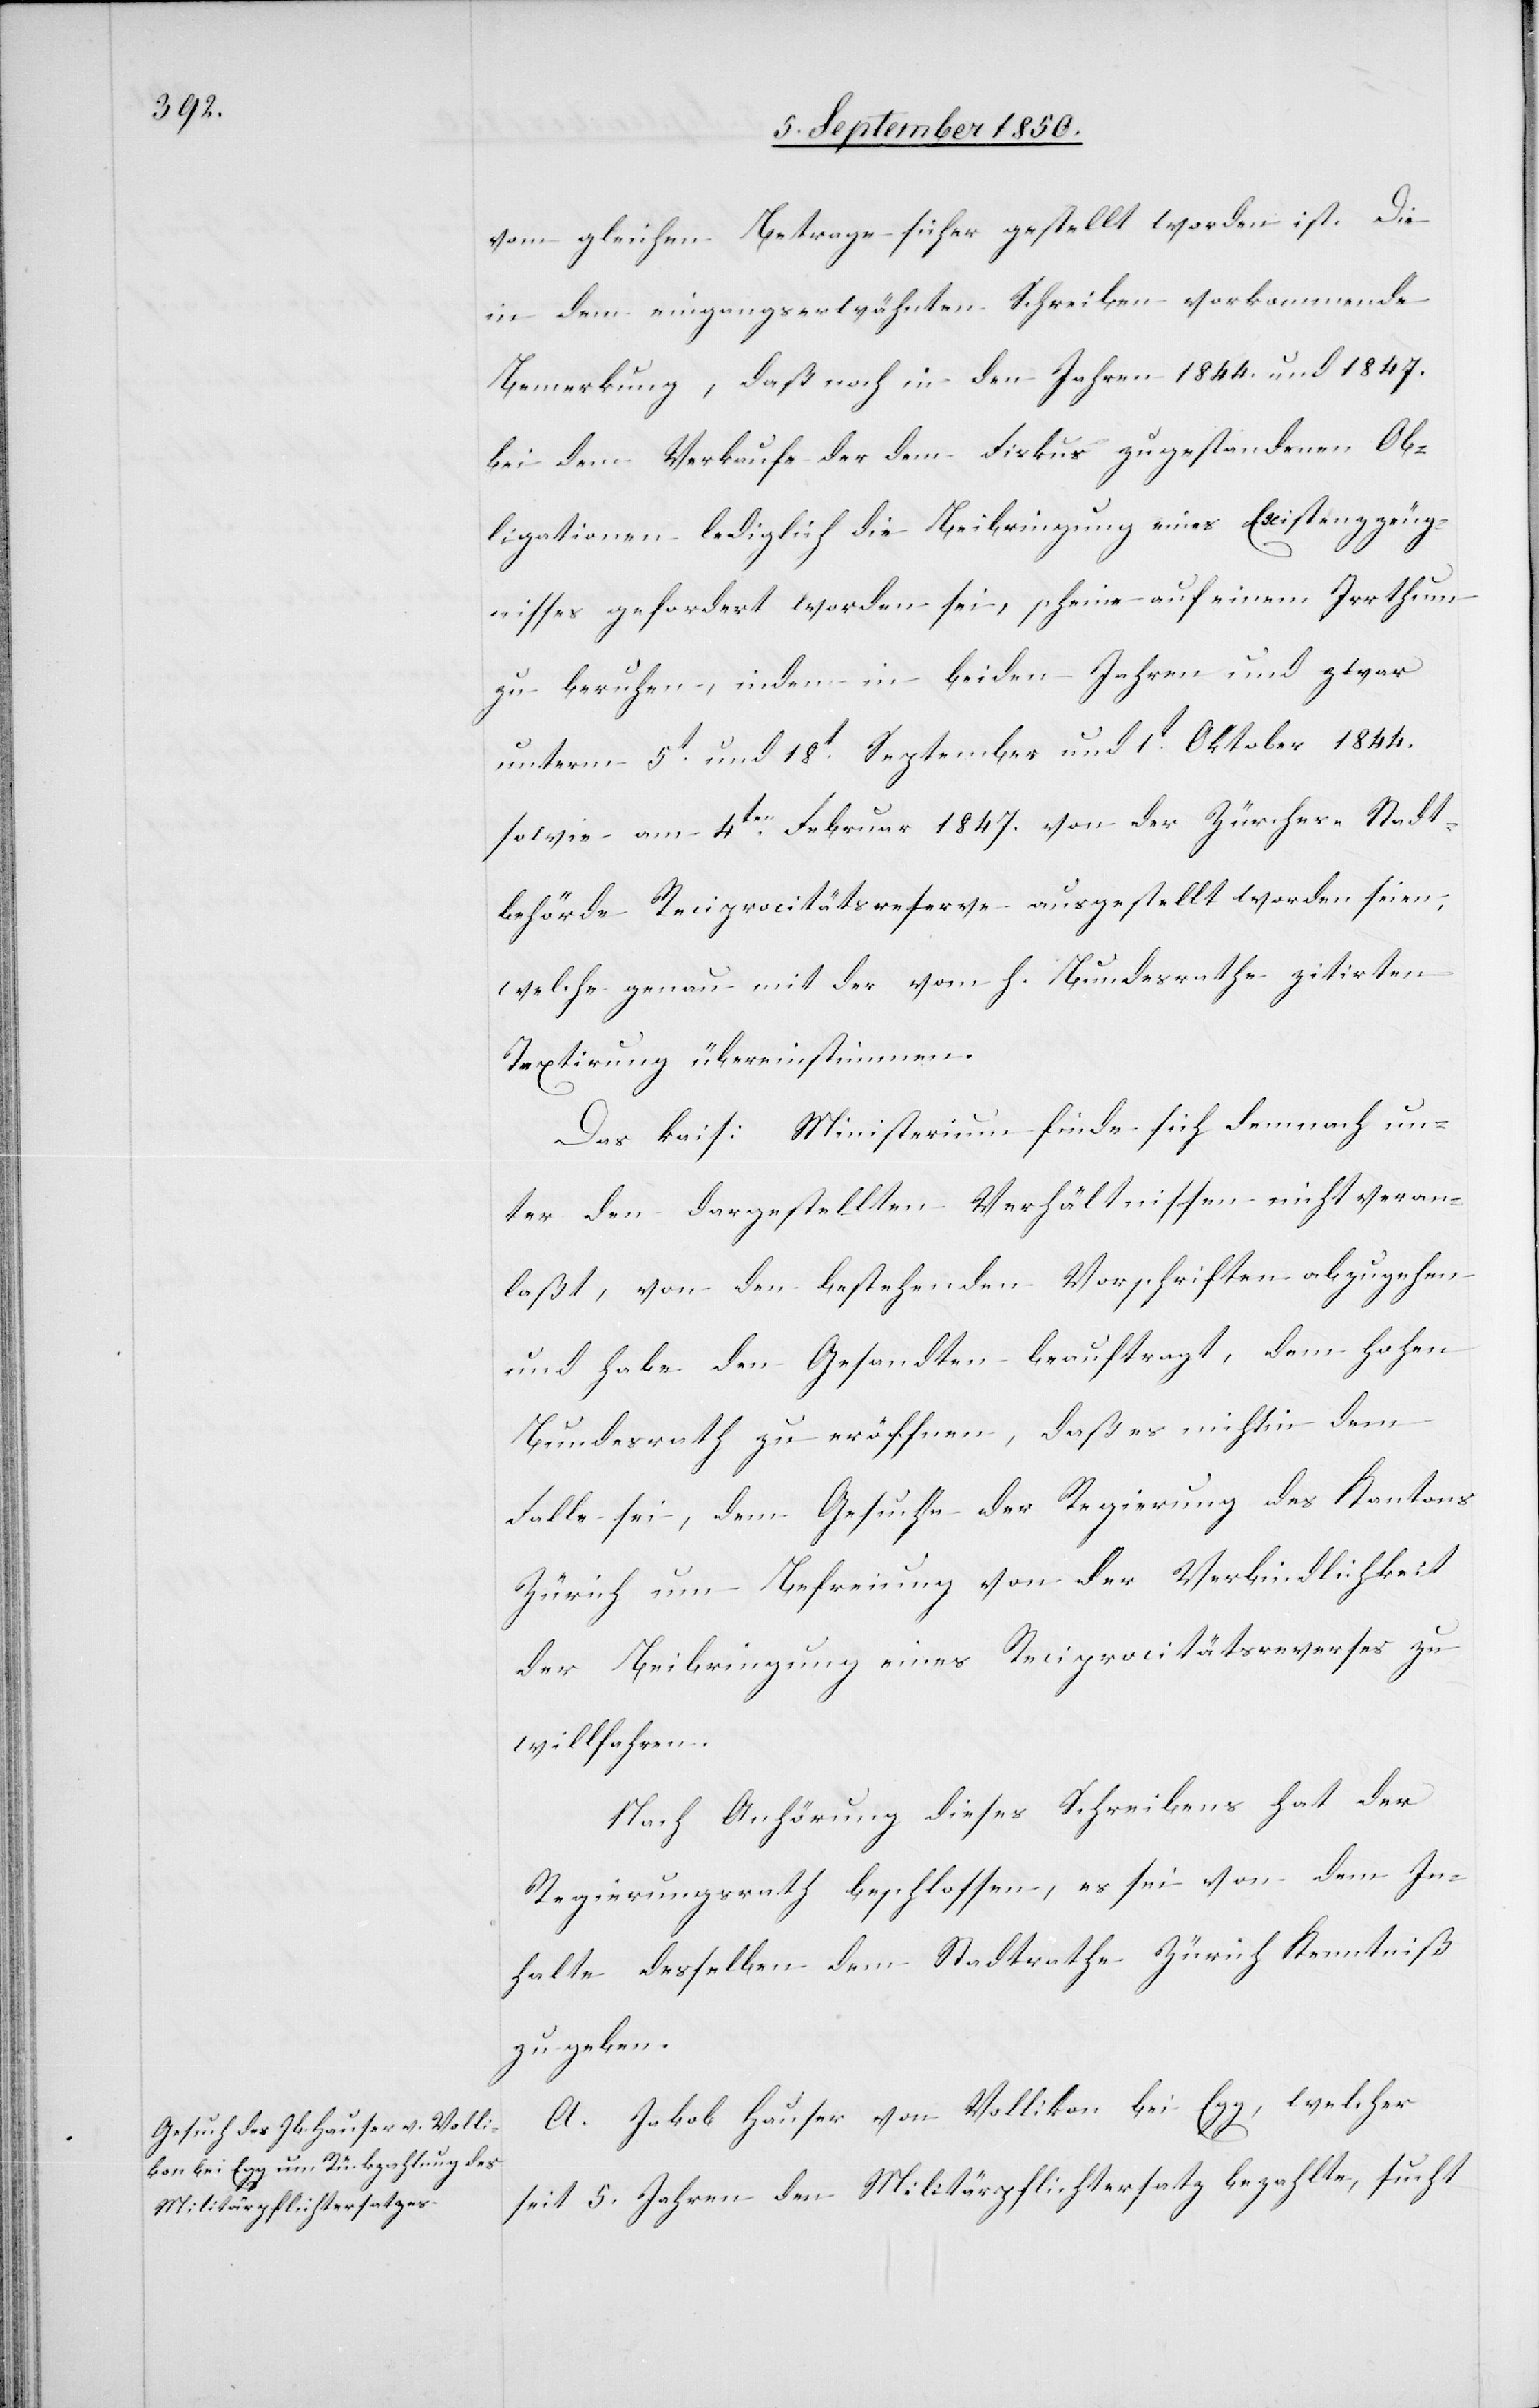
vom gleichen Betrage sicher gestellt worden ist. Die
in dem eingangserwähnten Schreiben vorkommende
Bemerkung, daß noch in den Jahren 1844. und 1847.
bei dem Verkaufe der dem Fiskus zugestandenen Ob¬
ligationen lediglich die Beibringung eines Existenzzeug¬
nisses gefordert worden sei, scheine auf einem Irrthum
zu beruhen, indem in beiden Jahren und zwar
unterm 5t und 18t September und 1t Oktober 1844.
sowie am 4ten Februar 1847. von der Zürcher-Stadt¬
behörde Reciprocitätsreserve ausgestellt worden seien,
welche genau mit der vom h. Bundesrathe zitirten
Textirung übereinstimmen.
Das kais: Ministerium finde sich demnach un¬
ter den dargestellten Verhältnissen nicht veran¬
laßt, von den bestehenden Vorschriften abzugehen
und habe den Gesandten beauftragt, dem hohen
Bundesrath zu eröffnen, daß es nicht in dem
Falle sei, dem Gesuche der Regierung des Kantons
Zürich um Befreiung von der Verbindlichkeit
der Beibringung eines Reciprocitätsreverses zu
willfahren.
Nach Anhörung dieses Schreibens hat der
Regierungsrath beschlossen, es sei von dem In¬
halte desselben dem Stadtrathe Zürich Kenntniß
zu geben.
A. Jakob Hauser von Vollikon bei Egg, welcher
seit 5. Jahren den Militärpflichtersatz bezahlte, sucht